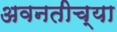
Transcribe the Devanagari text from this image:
अवनतीच्या